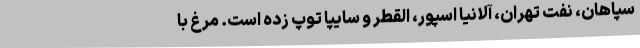
سپاهان، نفت تهران، آلانیا اسپور، القطر و سایپا توپ زده است. مرغ با